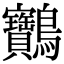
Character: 䴐